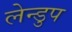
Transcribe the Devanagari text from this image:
लेन्डुप